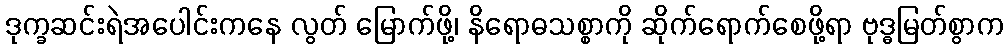
ဒုက္ခဆင်းရဲအပေါင်းကနေ လွတ် မြောက်ဖို့၊ နိရောဓသစ္စာကို ဆိုက်ရောက်စေဖို့ရာ ဗုဒ္ဓမြတ်စွာက